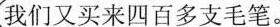
我们又买来四百多支毛笔。